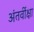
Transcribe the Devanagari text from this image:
अंतर्वीक्षा